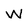
Character: W